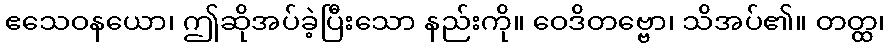
ဧသေဝနယော၊ ဤဆိုအပ်ခဲ့ပြီးသော နည်းကို။ ဝေဒိတဗ္ဗော၊ သိအပ်၏။ တတ္ထ၊